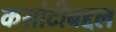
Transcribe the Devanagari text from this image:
कसोटीबद्दल